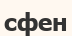
сфен